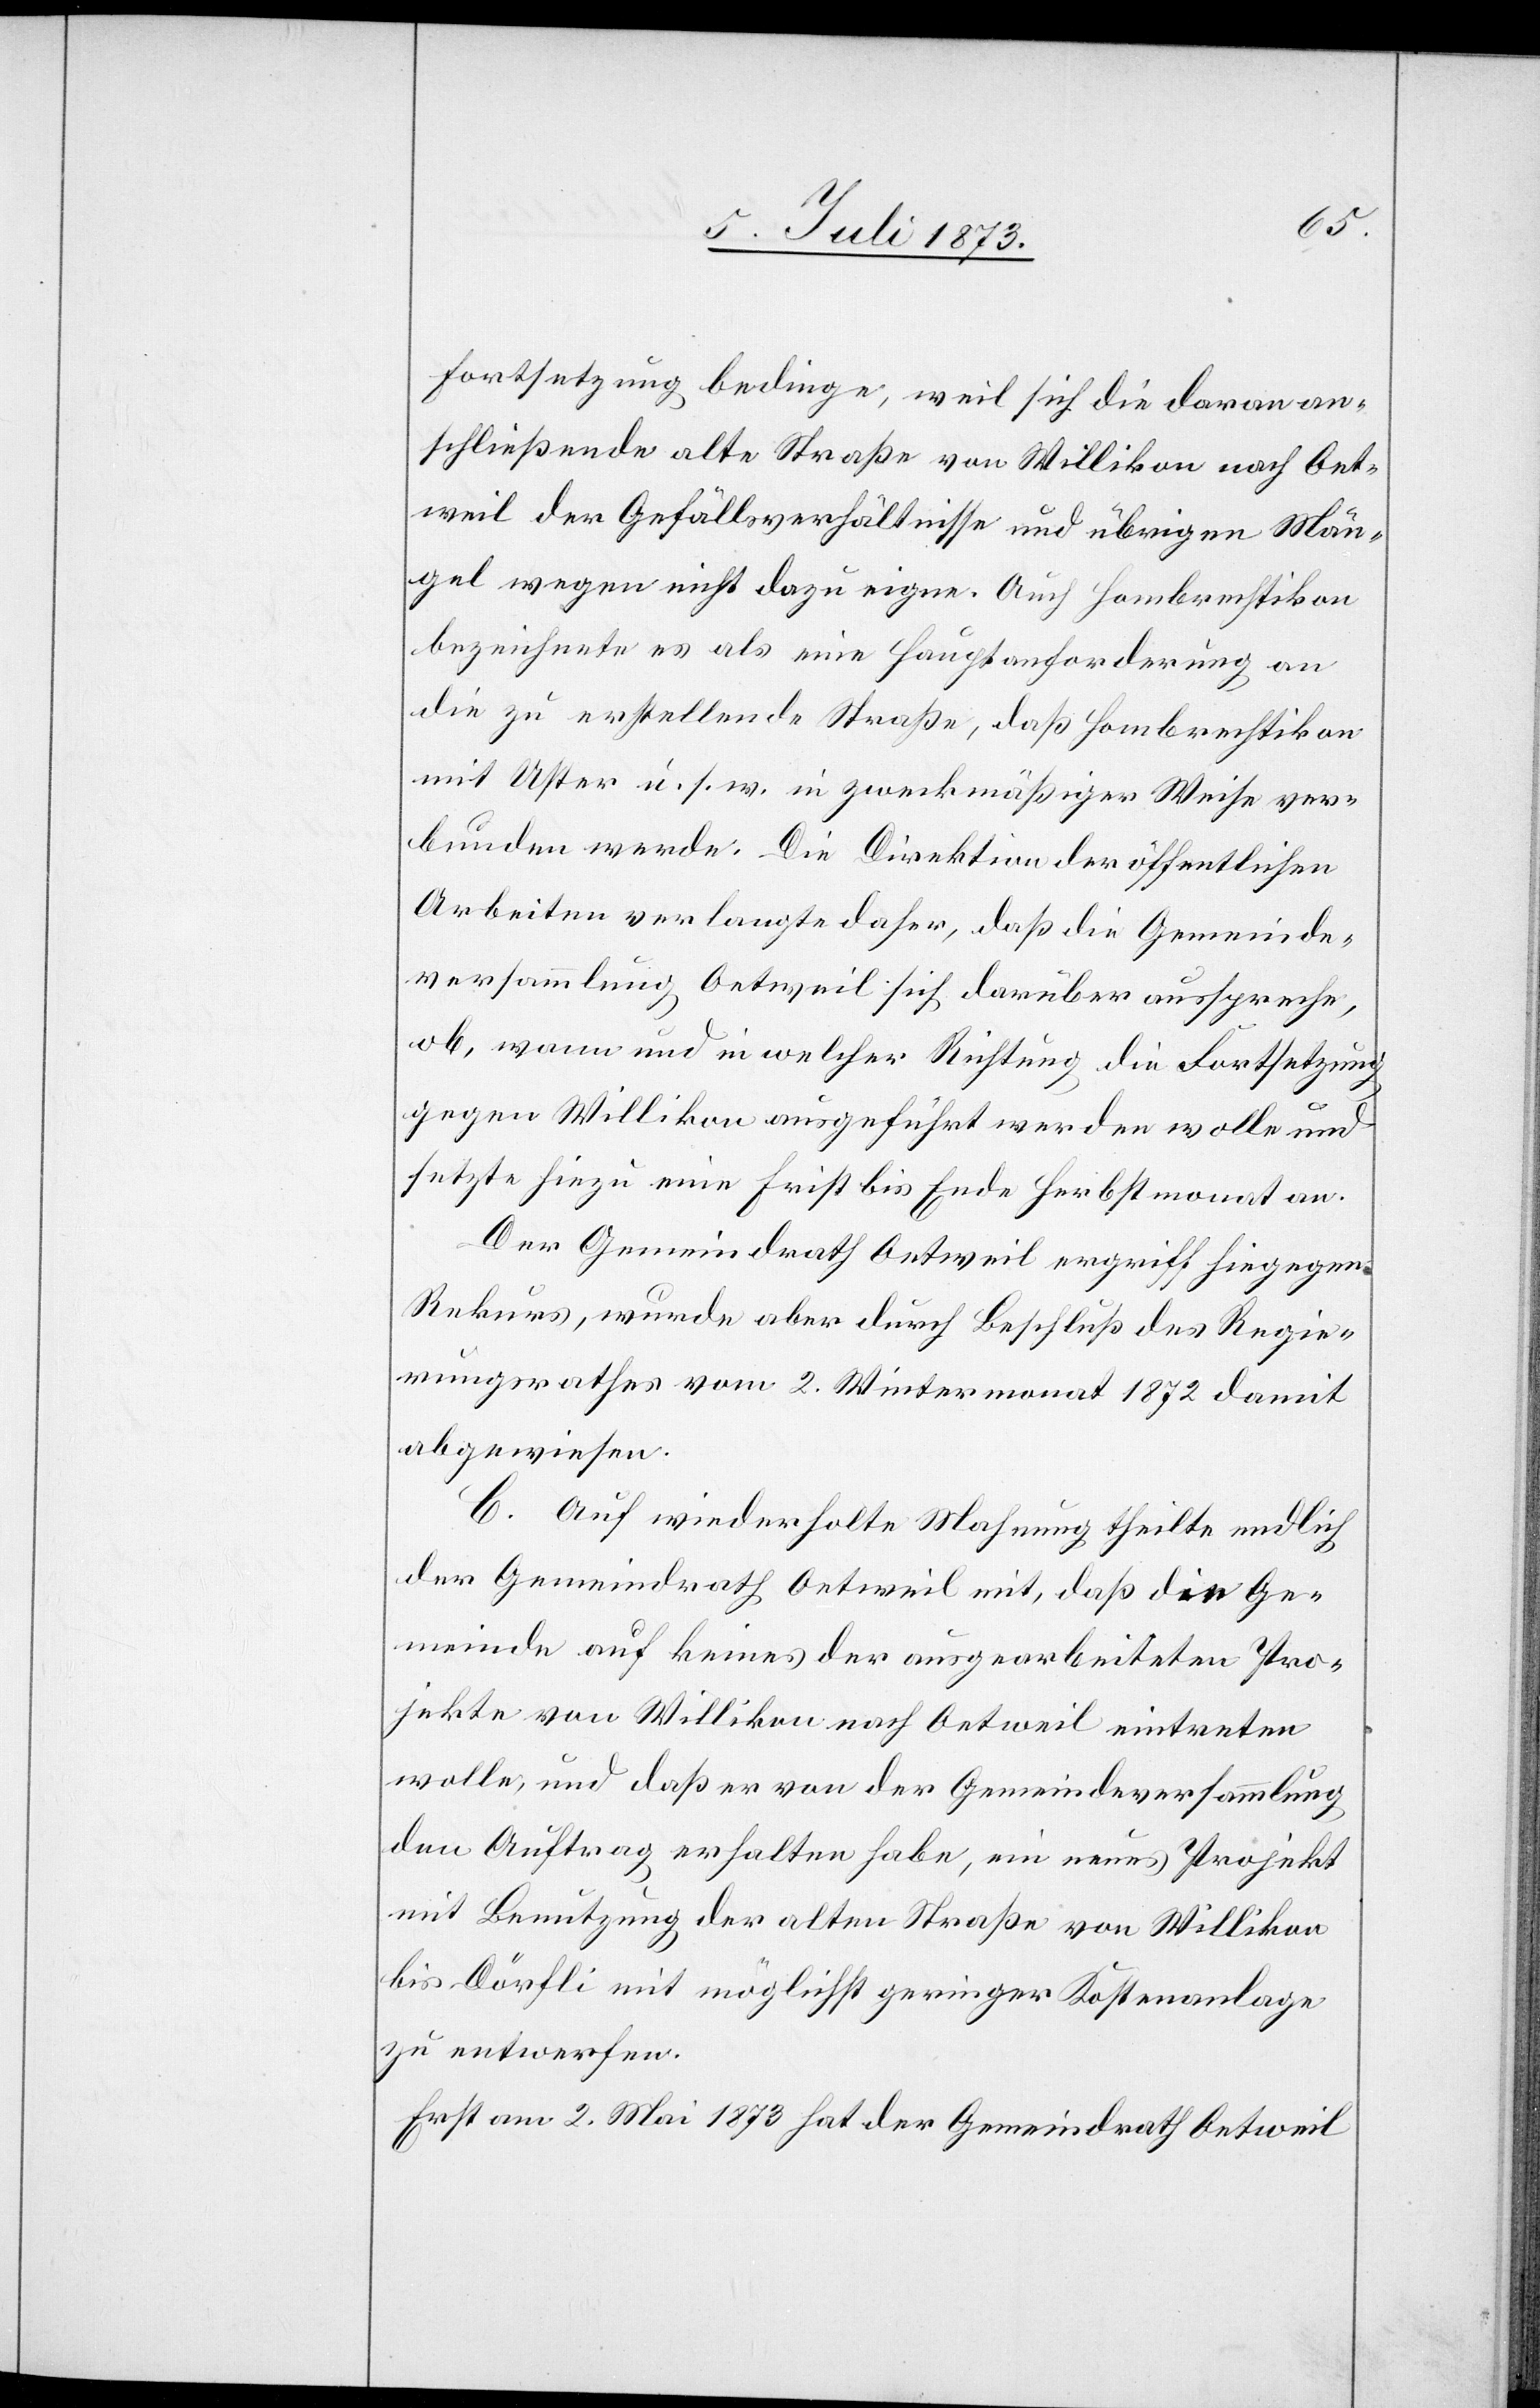
Fortsetzung bedinge, weil sich die daran an¬
schließende alte Straße von Willikon nach Oet¬
weil der Gefällsverhältnisse und übrigen Män¬
gel wegen nicht dazu eigne. Auch Hombrechtikon
bezeichnete es als eine Hauptanforderung an
die zu erstellende Straße, daß Hombrechtikon
mit Uster u. s. w. in zweckmäßiger Weise ver¬
bunden werde. Die Direktion der öffentlichen
Arbeiten verlangte daher, daß die Gemeinde¬
versammlung Oetweil sich darüber ausspreche,
ob, wann und in welcher Richtung die Fortsetzung
gegen Willikon ausgeführt werden wolle und
setzte hiezu eine Frist bis Ende Herbstmonat an.
Der Gemeindrath Oetweil ergriff hiegegen
Rekurs, wurde aber durch Beschluß des Regie¬
rungsrathes vom 2. Wintermonat 1872 damit
abgewiesen.
C. Auf wiederholte Mahnung theilte endlich
der Gemeindrath Oetweil mit, daß die Ge¬
meinde auf keines der ausgearbeiteten Pro¬
jekte von Willikon nach Oetweil eintreten
wolle, und daß er von der Gemeindeversammlung
den Auftrag erhalten habe, ein neues Projekt
mit Benutzung der alten Straße von Willikon
bis Dörfli mit möglichst geringer Kostenanlage
zu entwerfen.
Erst am 2. Mai 1873 hat der Gemeindrath Oetweil